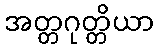
အတ္တဂုတ္တိယာ